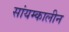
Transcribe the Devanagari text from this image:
सांयम्कालीन